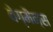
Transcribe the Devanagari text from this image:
वेग्मैन्स